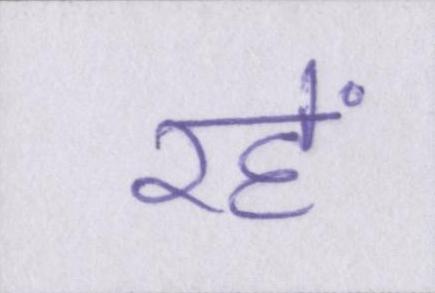
रहें